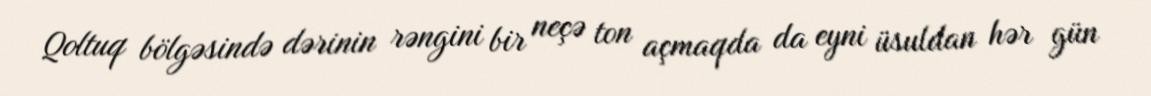
Qoltuq bölgəsində dərinin rəngini bir neçə ton açmaqda da eyni üsuldan hər gün